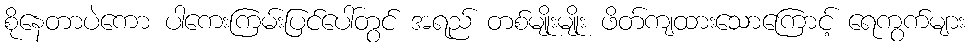
စိုနေတာပဲကော ပါကေးကြမ်းပြင်ပေါ်တွင် အရည် တစ်မျိုးမျိုး ဖိတ်ကျထားသောကြောင့် ရေကွက်များ